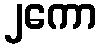
၂ကော